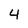
Character: 4